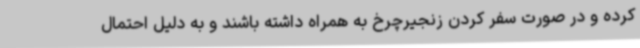
کرده و در صورت سفر کردن زنجیرچرخ به همراه داشته باشند و به دلیل احتمال